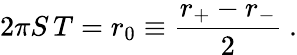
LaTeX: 2\pi S\, T=r_{0}\equiv{\frac{r_{+}-r_{-}}{2}}\ .